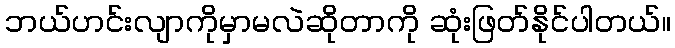
ဘယ်ဟင်းလျာကိုမှာမလဲဆိုတာကို ဆုံးဖြတ်နိုင်ပါတယ်။